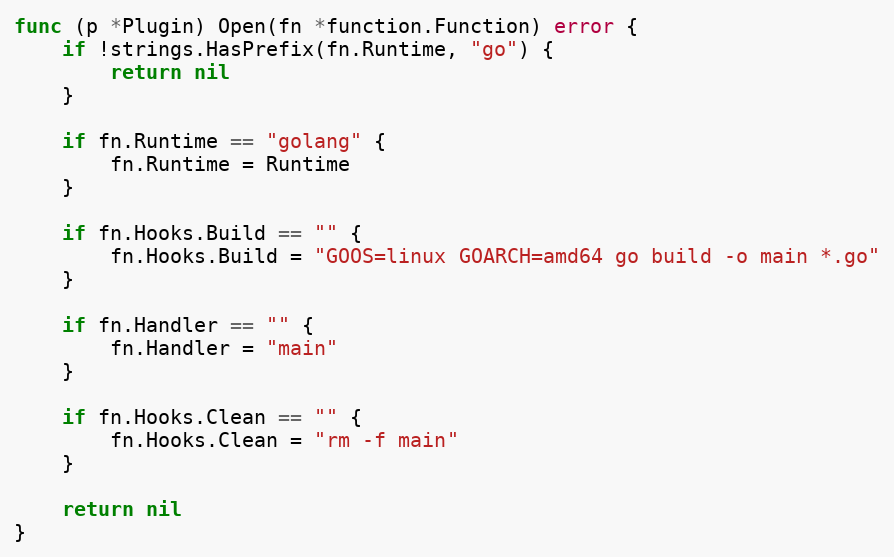
Language: Go
func (p *Plugin) Open(fn *function.Function) error {
	if !strings.HasPrefix(fn.Runtime, "go") {
		return nil
	}

	if fn.Runtime == "golang" {
		fn.Runtime = Runtime
	}

	if fn.Hooks.Build == "" {
		fn.Hooks.Build = "GOOS=linux GOARCH=amd64 go build -o main *.go"
	}

	if fn.Handler == "" {
		fn.Handler = "main"
	}

	if fn.Hooks.Clean == "" {
		fn.Hooks.Clean = "rm -f main"
	}

	return nil
}